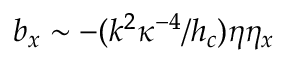
b _ { x } \sim - ( k ^ { 2 } \kappa ^ { - 4 } / h _ { c } ) \eta \eta _ { x }